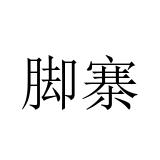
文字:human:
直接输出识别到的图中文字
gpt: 脚寨